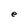
Character: e